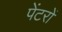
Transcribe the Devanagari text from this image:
पेंटरों